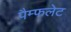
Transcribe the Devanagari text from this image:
पैम्‍फलेट